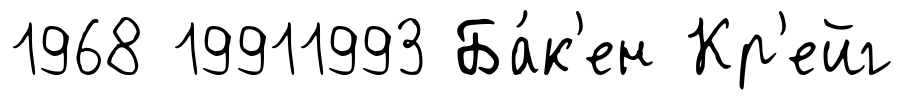
1968 19911993 Ба́к'ен Кр'ейг